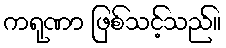
ကရုဏာ ဖြစ်သင့်သည်။